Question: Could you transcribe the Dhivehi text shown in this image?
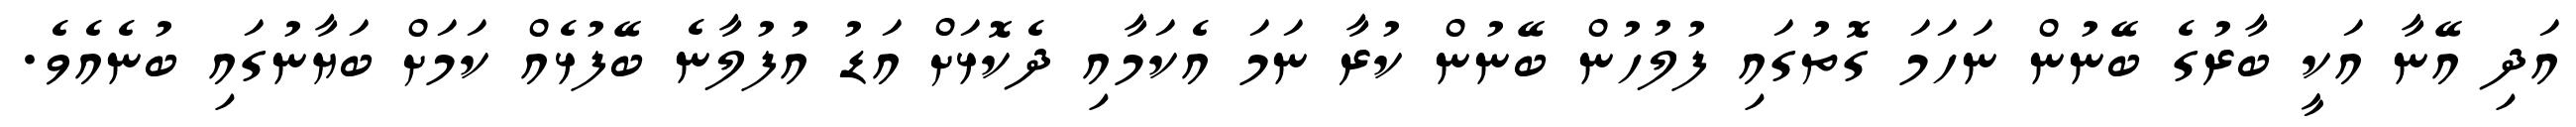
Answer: އަދި އޭނާ އަކީ ބާރުގެ ބޭނުން ނަހަމަ ގޮތުގައި ފުލުހުން ބޭނުން ކުރާ ނަމަ އެކަމާއި ދެކޮޅަށް އަޑު އުފުލާނެ ބޭފުޅެއް ކަމަށް ބަޔާނުގައި ބުނެއެވެ.